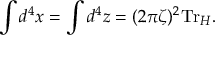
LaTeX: \int d ^ { 4 } x = \int d ^ { 4 } z = ( 2 \pi \zeta ) ^ { 2 } \mathrm { T r } _ { \cal H } .